Report on horse surra - Volume I
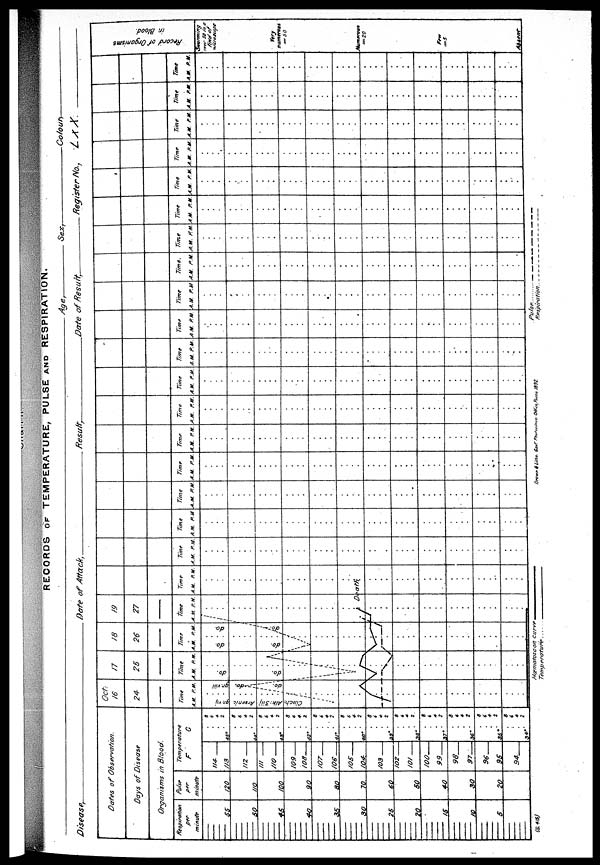
RECORDS OF TEMPERATURE, PULSE AND RESPIRATION.